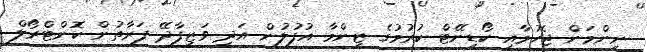
ނިންމަން ޖެހުމާއި ކޯޑިނޭޓް ކުރުމުގެ ޒިންމާ އުފުލުން އަދި ވަޒީފާދޭ ފަރާތުން ކޮންޓްރޯލް